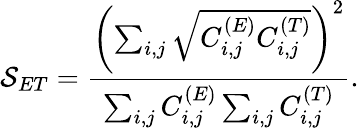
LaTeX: \mathcal{S}_{ET}=\frac{\left(\sum_{i,j}\sqrt{C_{i,j}^{(E)}C_{i,j}^{(T)}}\right)^{2}}{\sum_{i,j}C_{i,j}^{(E)}\sum_{i,j}C_{i,j}^{(T)}}.